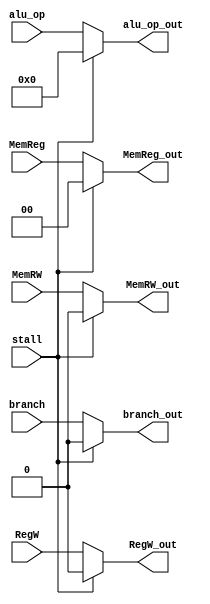
module mux_hazard (input stall,
                   input RegW, branch, MemRW, 
                   input [1:0] MemReg, 
                   input [3:0] alu_op, 
                   output reg RegW_out, branch_out, MemRW_out, 
                   output reg [1:0] MemReg_out, 
                   output reg [3:0] alu_op_out  );
always @(stall, RegW, branch, MemRW, MemReg, alu_op) begin
  if (stall) begin
    RegW_out= 1'b0;
    branch_out= 1'b0;
    MemRW_out= 1'b0;
    MemReg_out= 2'b00;
    alu_op_out= 4'b0000;
  end
  else begin
    RegW_out= RegW;
    branch_out= branch;
    MemRW_out= MemRW;
    MemReg_out= MemReg;
    alu_op_out= alu_op;
  end
end
endmodule